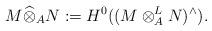
LaTeX: \begin{align*}M\widehat{\otimes}_AN:=H^0((M\otimes_A^L N)^{\wedge}).\end{align*}